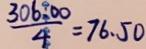
\frac { 3 0 6 0 0 } { 4 } = 7 6 . 5 0